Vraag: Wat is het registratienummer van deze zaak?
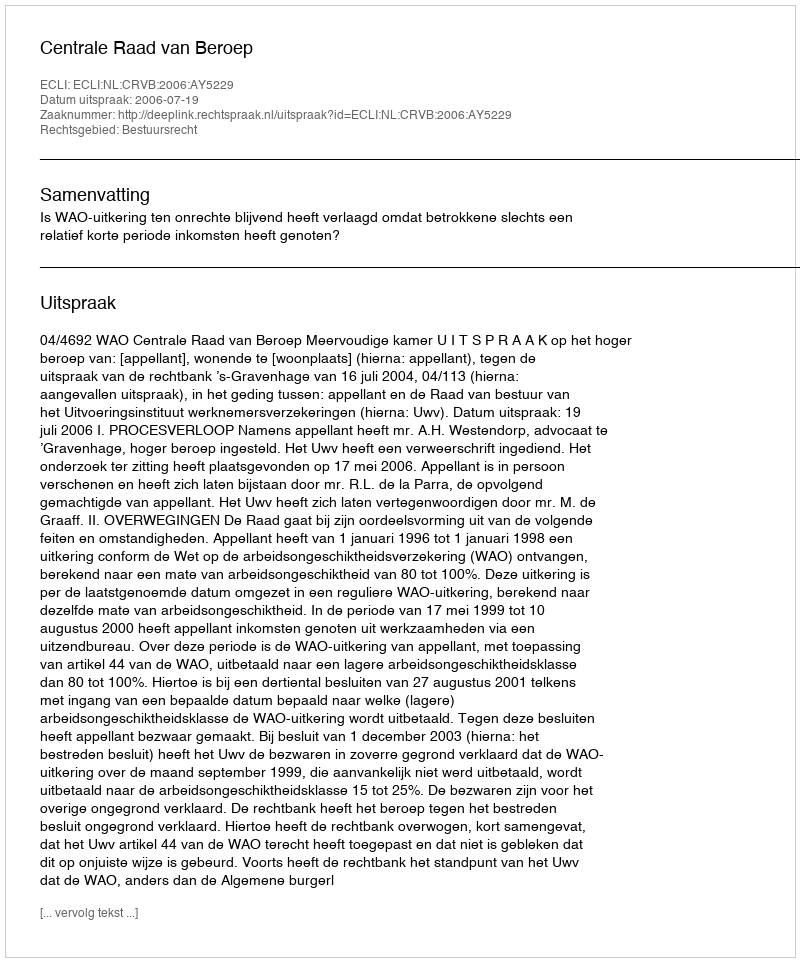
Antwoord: http://deeplink.rechtspraak.nl/uitspraak?id=ECLI:NL:CRVB:2006:AY5229